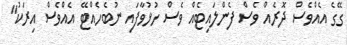
ގޭގެ އެއްވެސް ދޮރެއް ވެސް ފެންލައިޓެއް ވެސް ހުޅުވާފައި ނުބެހެއްޓޭ އެއްވެސް އިރަކު"